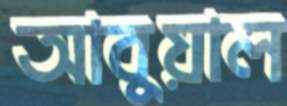
আবুয়াল